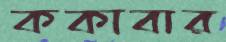
ককাবার